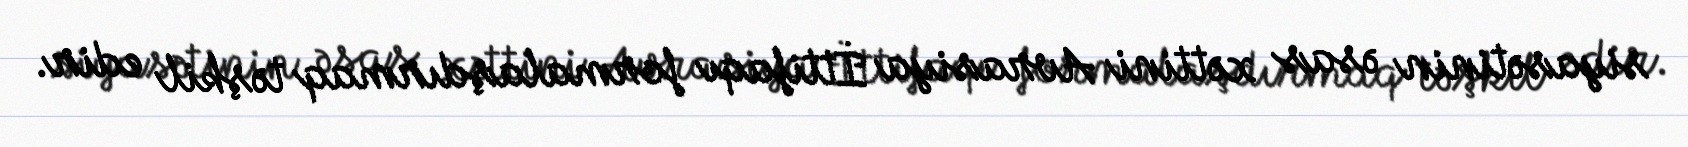
siyasətinin əsas xəttini Avrasiya İttifaqı formalaşdırmaq təşkil edir.